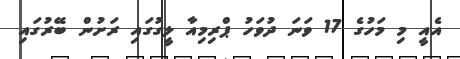
އެއީ މި މަހުގެ 17 ވަނަ ދުވަހު ޕްރިމިއާ ލީގުގައި ރަށުން ބޭރުގައި